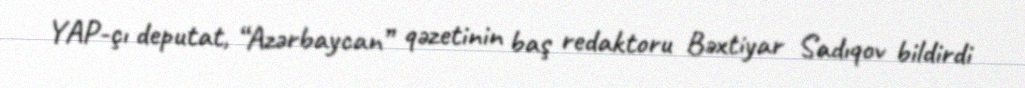
YAP-çı deputat, “Azərbaycan” qəzetinin baş redaktoru Bəxtiyar Sadıqov bildirdi